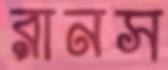
রানস